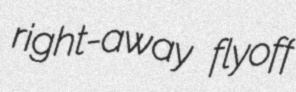
right-away flyoff